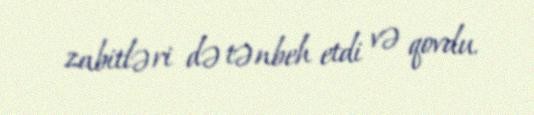
zabitləri də tənbeh etdi və qovdu.